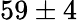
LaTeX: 59\pm 4